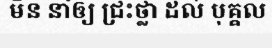
មិន នាំឲ្យ ជ្រះថ្លា ដល់ បុគ្គល